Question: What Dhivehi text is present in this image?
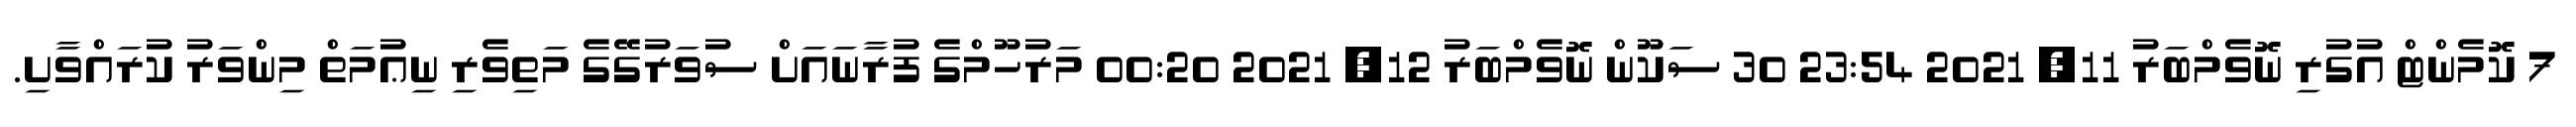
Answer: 7 ކޮމެންޓް އުގުރި ނޮވެމްބަރު 11, 2021 23:54 30 ސަކޫން ނޮވެމްބަރު 12, 2021 00:20 މަރުހޫމްގެ ފުރާނައަށް ސުވަރުގޭގެ މަތިވެރި ނިޢުމަތް މިންވަރު ކުރައްވާށި.